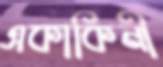
একাকিনী